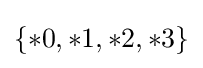
\{\ast 0,\ast 1,\ast 2,\ast 3\}